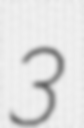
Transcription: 3